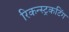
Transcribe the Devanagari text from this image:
रिकन्स्ट्रकटिंग